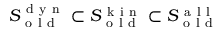
S _ { \mathrm { ~ o ~ l ~ d ~ } } ^ { \mathrm { ~ d ~ y ~ n ~ } } \subset S _ { \mathrm { ~ o ~ l ~ d ~ } } ^ { \mathrm { ~ k ~ i ~ n ~ } } \subset S _ { \mathrm { ~ o ~ l ~ d ~ } } ^ { \mathrm { ~ a ~ l ~ l ~ } }